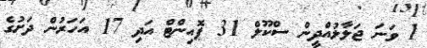
1 ވަނަ ޖަލާލުއްދީން ސްކޫލް 31 ޕޮއިންޓް އަދި 17 އަހަރުން ދަށުގެ